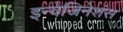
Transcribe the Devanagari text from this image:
इन्वेजिनेशंस